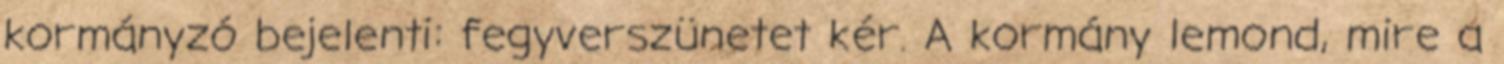
kormányzó bejelenti: fegyverszünetet kér. A kormány lemond, mire a